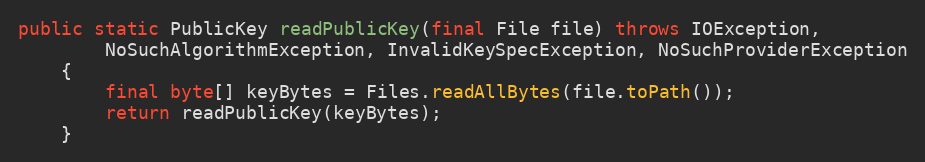
Language: Java
public static PublicKey readPublicKey(final File file) throws IOException,
		NoSuchAlgorithmException, InvalidKeySpecException, NoSuchProviderException
	{
		final byte[] keyBytes = Files.readAllBytes(file.toPath());
		return readPublicKey(keyBytes);
	}